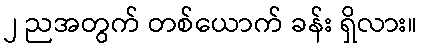
၂ ညအတွက် တစ်ယောက် ခန်း ရှိလား။